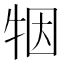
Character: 㸶